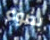
بضوء